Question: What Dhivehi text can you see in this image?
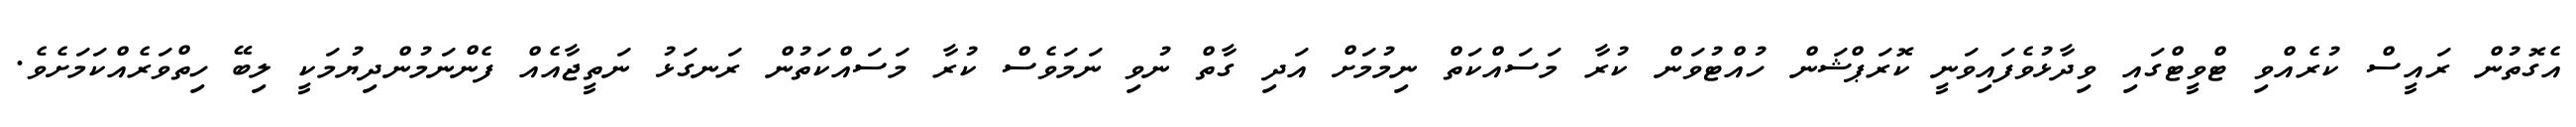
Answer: އެގޮތުން ރައީސް ކުރެއްވި ޓްވީޓްގައި ވިދާޅުވެފައިވަނީ ކޮރަޕްޝަން ހުއްޓުވަން ކުރާ މަސައްކަތް ނިމުމަށް އަދި ގާތް ނުވި ނަމަވެސް ކުރާ މަސައްކަތުން ރަނގަޅު ނަތީޖާއެއް ފެންނަމުންދިޔުމަކީ ލިބޭ ހިތްވަރެއްކަމަށެވެ.